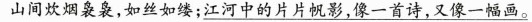
山间炊烟袅袅，如丝如缕；\underline{江河中的片片帆影，像一首诗，又像一幅画。}